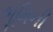
ભૂમિની